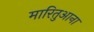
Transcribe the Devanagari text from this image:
मारितुआना